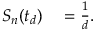
\begin{array} { r l } { S _ { n } ( t _ { d } ) } & { { } = \frac { 1 } { d } . } \end{array}